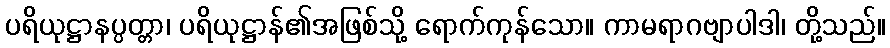
ပရိယုဋ္ဌာနပ္ပတ္တာ၊ ပရိယုဋ္ဌာန်၏အဖြစ်သို့ ရောက်ကုန်သော။ ကာမရာဂဗျာပါဒါ၊ တို့သည်။